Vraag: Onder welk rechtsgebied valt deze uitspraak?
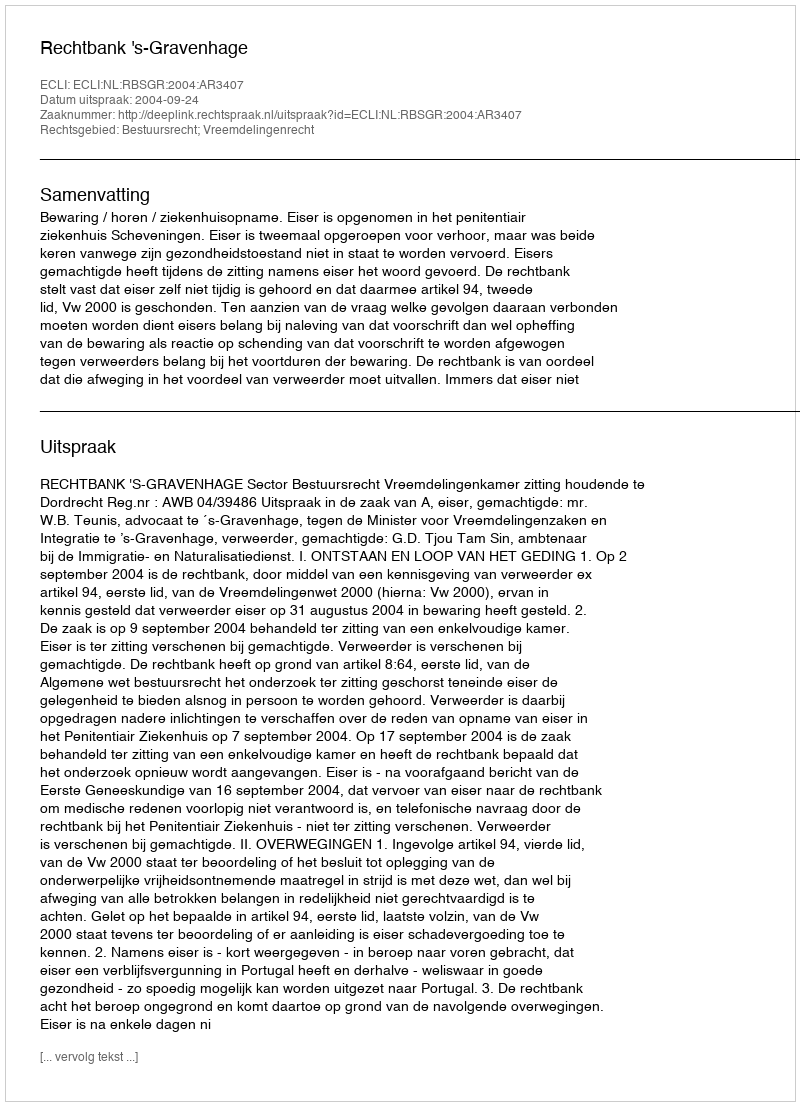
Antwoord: Bestuursrecht; Vreemdelingenrecht